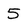
Character: 5